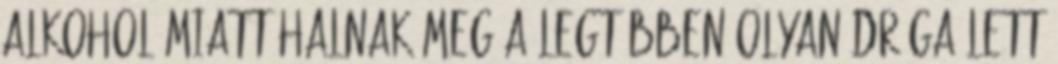
alkohol miatt halnak meg a legtöbben Olyan drága lett